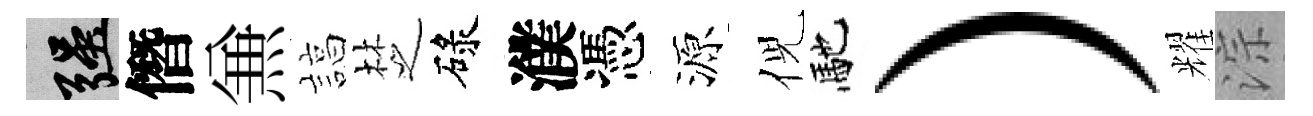
强僭𠔥諄椘碌濮憑源倪馳）耀淙